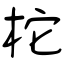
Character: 柁